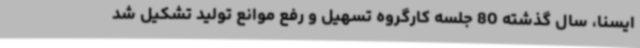
ایسنا، سال گذشته 80 جلسه کارگروه تسهیل و رفع موانع تولید تشکیل شد